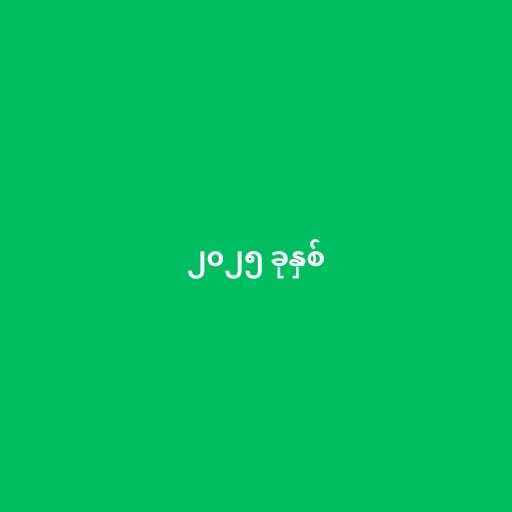
၂၀၂၅ ခုနှစ်